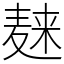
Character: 𪎌